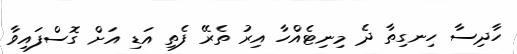
ހާދިސާ ހިނގިތާ ދެ މިނިޓެއްހާ އިރު ތެރޭ ފެތި އަޑި އަށް ގޮސްފައިވާ